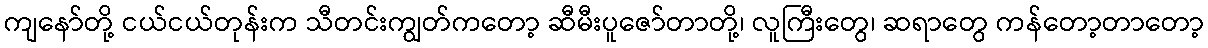
ကျနော်တို့ ငယ်ငယ်တုန်းက သီတင်းကျွတ်ကတော့ ဆီမီးပူဇော်တာတို့၊ လူကြီးတွေ၊ ဆရာတွေ ကန်တော့တာတော့